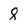
Character: 8